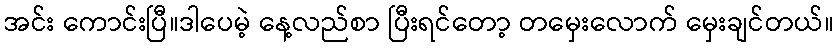
အင်း ကောင်းပြီ။ဒါပေမဲ့ နေ့လည်စာ ပြီးရင်တော့ တမှေးလောက် မှေးချင်တယ်။